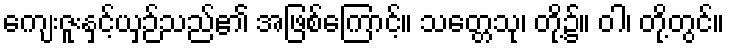
ကျေးဇူးနှင့်ယှဉ်သည်၏ အဖြစ်ကြောင့်။ သတ္တေသု၊ တို့၌။ ဝါ၊ တို့တွင်။